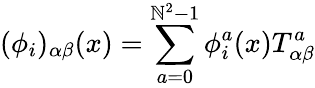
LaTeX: (\phi_{i})_{\alpha\beta}(x)=\sum_{a=0}^{\mathbb{N}^{2}-1}\phi_{i}^{a}(x)T_{\alpha\beta}^{a}